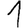
Digit: 1